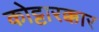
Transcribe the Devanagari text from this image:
कोट्टारक्कार